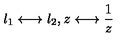
l _ { 1 } \longleftrightarrow l _ { 2 } , z \longleftrightarrow \frac 1 z